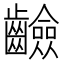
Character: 䶨